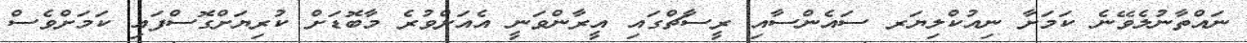
ނައްތާނުލެވޭނެ ކަމަށާ ނިއުކްލިޔަރ ސައެންސާއި ރީސާޗްގައި އީރާންވަނީ އެއަށްވުރެ މާބޮޑަށް ކުރިޔަށްގޮސްފައި ކަމަށްވެސް